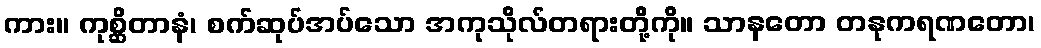
ကား။ ကုစ္ဆိတာနံ၊ စက်ဆုပ်အပ်သော အကုသိုလ်တရားတို့ကို။ သာနတော တနုကရဏတော၊